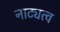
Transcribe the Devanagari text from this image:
नाट्यत्व